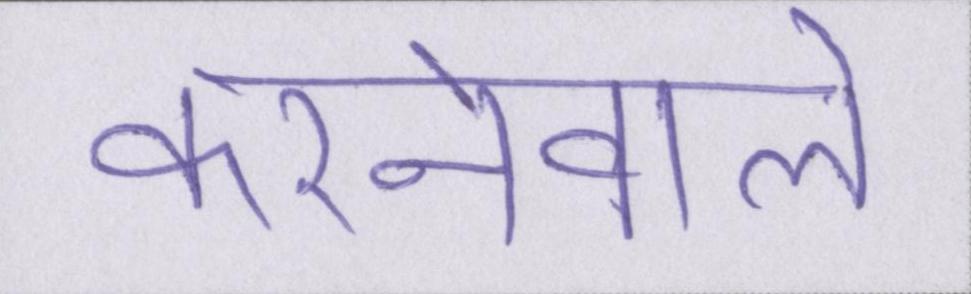
करनेवाले